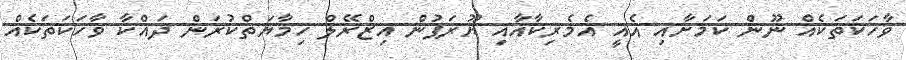
ވާހަަކަތަކެއް ނޫން ކަމަށާއި އެއީ އެމެރިކާއާއި ޔޫރަޕުން އިޒްރޭލް ހިމާޔަތްކުރަން ދައްކާ ވާހަކަތަކެއް